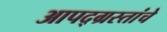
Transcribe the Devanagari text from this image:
आपद्ग्रस्तांचे